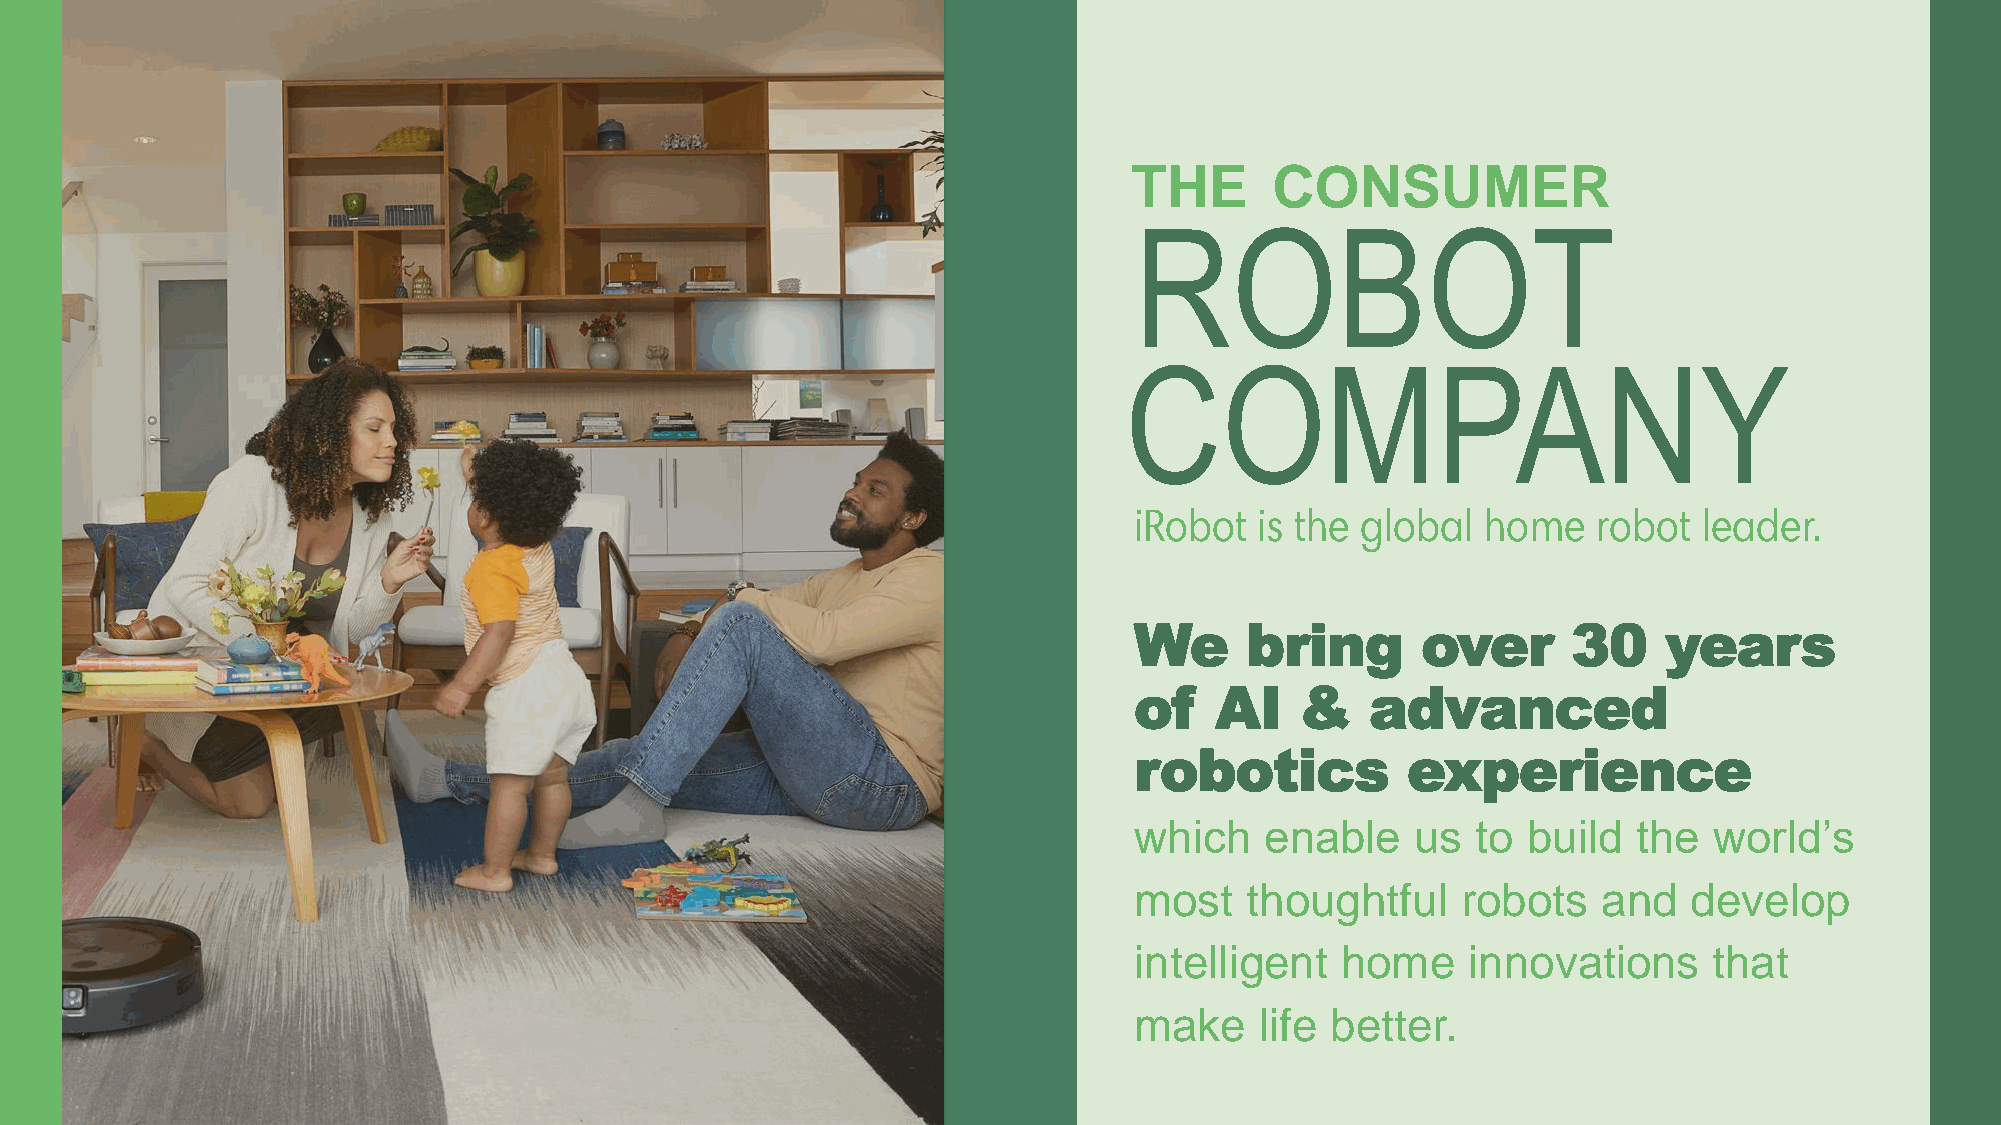
THE      CONSUMER
 ROBOT
 COMPANY
 iRobot  is the global  home    robot  leader.
 which    enable    us  to build  the  world’s
 most   thoughtful     robots   and   develop
 intelligent   home    innovations     that
 make    life better.